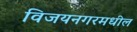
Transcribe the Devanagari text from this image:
विजयनगरमधील